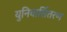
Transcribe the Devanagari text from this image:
युनिवार्सितरण